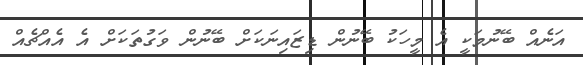
އަނެއް ބޭނުމަކީ އެ މީހަކު ބޭނުން ޑިޒައިނަކަށް ބޭނުން ވަގުތަކަށް އެ އެއްޗެއް